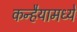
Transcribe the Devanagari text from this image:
कन्हैयामध्ये